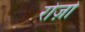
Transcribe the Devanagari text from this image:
रोज़ो